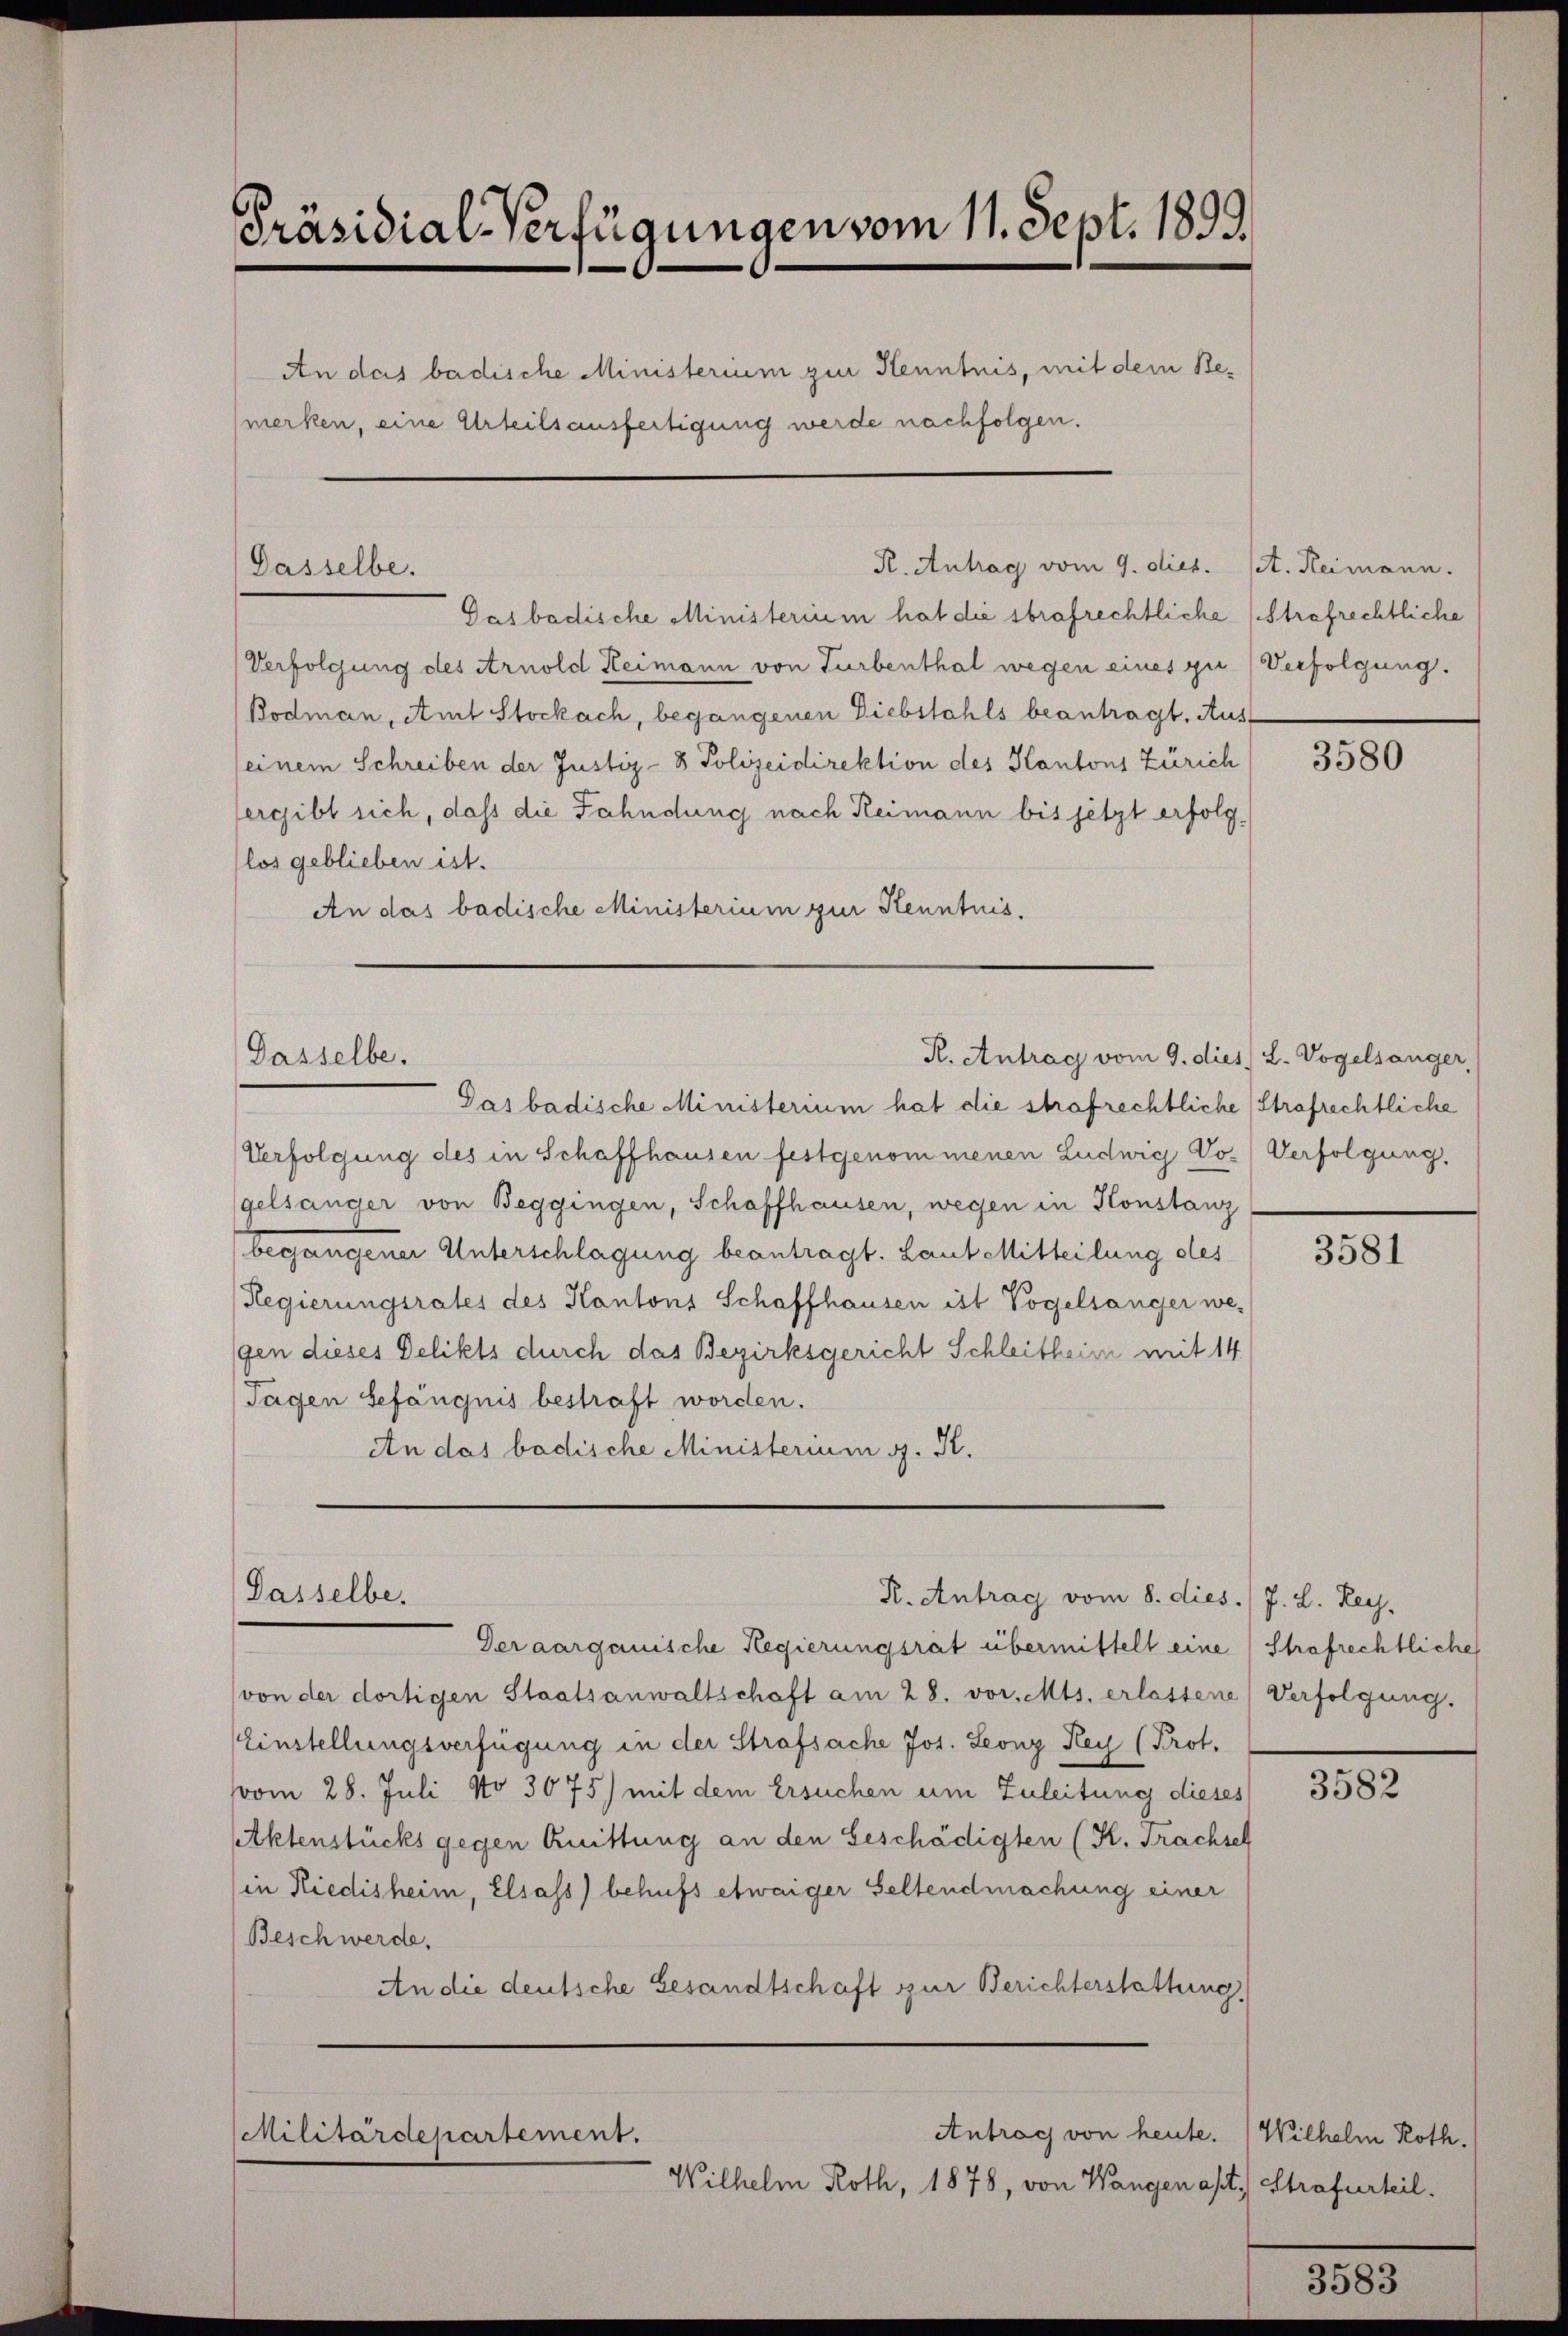
Präsidial-Verfügungen vom 11. Sept. 1899.
An das badische Ministerium zur Kenntnis, mit dem Bemerken, eine Urteilsausfertigung werde nachfolgen.

Das badische Ministerium hat die strafrechtliche (Strafrechtliche
Verfolgung des Arnold Heimann von Turbenthal wegen eines zu Verfolgung.
Bodman, Amt Stockach, begangenen Diebstahls beantragt. Aus-
seinem Schreiben der Justiz- & Polizeidirektion des Kantons Zürich
ergibt sich, daß die Fahndung nach Reimann bis jetzt erfolglos geblieben ist.
An das badische Ministerium zur Kenntnis.

Dasselbe.

Dasselbe.

Pas badische Ministerium hat die strafrechtliche (Strafrechtliche
Verfolgung des in Schaffhausen festgenommenen Ludwig Vo.) Verfolgung,
gelsanger von Beggingen, Schaffhausen, wegen in Konstanz
begangener Unterschlagung beantragt. Laut Mitteilung des
Regierungsrates des Kantons Schaffhausen ist Vogelsanger we-
gen dieses Delikts durch das Bezirksgericht Schleitheim mit 14
Tagen Gefängnis bestraft worden.
An das badische Ministerium g. K.

Dasselbe.

R. Antrag vom 9. dies. st. Heimann.

R. Antrag vom 9. dies L. Vogelsanger,

R. Antrag vom 8. dies ./ J. L. Ley-

Antrag von heute. (Wilhelm Roth.
Militärdepartement.
Wilhelm Roth, 1878, von Wangen apt. Strafurteil.

Der aargauische Regierungsrät übermittelt eine Strafrechtliche
von der dortigen Staatsanwaltschaft am 28. vor. Mts. erlassene Verfolgung.
Einstellungsverfügung in der Strafsache Jos. Leonz Rey (Prot.
vom 28. Juli No 3075) mit dem Ersuchen um Zuleitung dieses
Aktenstücks gegen Quittung an den Geschädigten (K. Frachseh
in Riedisheim, Elsass) behufs etwaiger Seltendmachung einer
Beschwerde,
An die deutsche Gesandtschaft zur Berichterstattung

3580

3581

3582